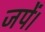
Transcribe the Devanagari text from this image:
जपें।